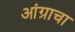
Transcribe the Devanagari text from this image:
आंग्राचा